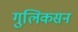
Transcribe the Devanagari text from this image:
गुलिकसन